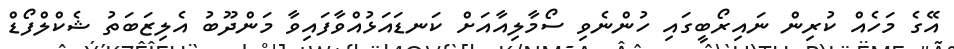
އޭގެ މަހެއް ކުރިން ނައިރޯބީގައި ހުންނެވި ސޯމާލިއާއަށް ކަނޑައަޅުއްވާފައިވާ މަންދޫބު އެލިޒަބަތު ޝެކްލްފޯޑް